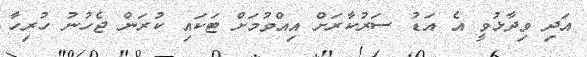
އަދި ވިދާޅުވީ އެ އަޑު ސަރުކާރަށް އިއްވުމަށް ޓަކައި ކުރަން ޖެހުނު ހުރިހާ